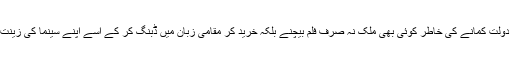
آج کل دنیا میں سرمایہ ہی سب کچھ ہے اور محض دولت کمانے کی خاطر کوئی بھی ملک نہ صرف فلم بیچنے بلکہ خرید کر مقامی زبان میں ڈبنگ کر کے اسے اپنے سینما کی زینت بنانے میں بھی کوئی ہچکچاہٹ محسوس نہیں کرتا۔